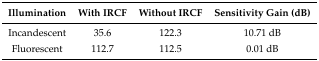
<table><thead><tr><td><b>Illumination</b></td><td><b>With IRCF</b></td><td><b>Without IRCF</b></td><td><b>Sensitivity Gain (dB)</b></td></tr></thead><tbody><tr><td>Incandescent</td><td>35.6</td><td>122.3</td><td>10.71 dB</td></tr><tr><td>Fluorescent</td><td>112.7</td><td>112.5</td><td>0.01 dB</td></tr></tbody></table>